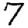
Digit: 7